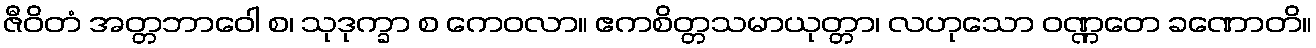
ဇီဝိတံ အတ္တဘာဝေါ စ၊ သုဒုက္ခာ စ ကေဝလာ။ ဧကစိတ္တသမာယုတ္တာ၊ လဟုသော ဝဏ္ဏတေ ခဏောတိ။